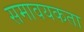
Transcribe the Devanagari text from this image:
समावयकता